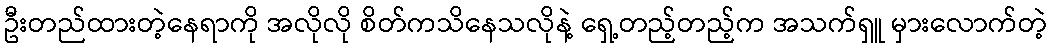
ဦးတည်ထားတဲ့နေရာကို အလိုလို စိတ်ကသိနေသလိုနဲ့ ရှေ့တည့်တည့်က အသက်ရှူ မှားလောက်တဲ့